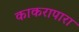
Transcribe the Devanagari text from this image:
काकरापारा